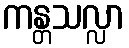
ကန္တသလ္လာ